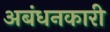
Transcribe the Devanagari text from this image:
अबंधनकारी